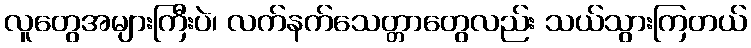
လူတွေအများကြီးပဲ၊ လက်နက်သေတ္တာတွေလည်း သယ်သွားကြတယ်